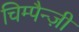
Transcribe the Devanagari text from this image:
चिम्पैन्ज़ी